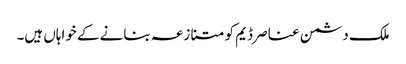
ملک دشمن عناصر ڈیم کو متنازعہ بنانے کے خواہاں ہیں۔